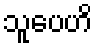
သူပေဟိ